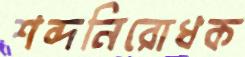
শব্দনিরোধক